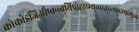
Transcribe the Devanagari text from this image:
कोकोइजिऔप्क्न्ब्ब्यिपोह्य्य्ग्य्व्ब्ब्व्त्च्व्त्र्फ्च्ग्फ्व्ग्व्ग